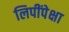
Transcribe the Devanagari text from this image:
लिपींपेक्षा